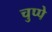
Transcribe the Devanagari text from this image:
चुप्पे